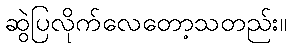
ဆွဲပြလိုက်လေတော့သတည်း။